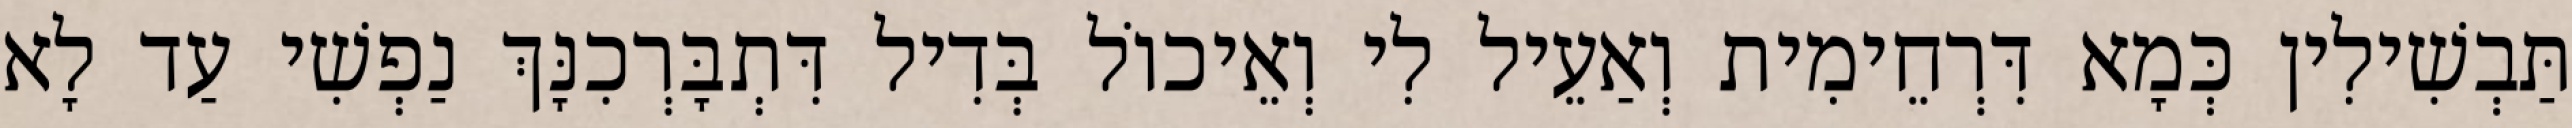
תַּבְשִׁילִין כְּמָא דִּרְחֵימִית וְאַעֵיל לִי וְאֵיכוֹל בְּדִיל דִּתְבָּרְכִנָּךְ נַפְשִׁי עַד לָא